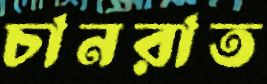
চানরাত